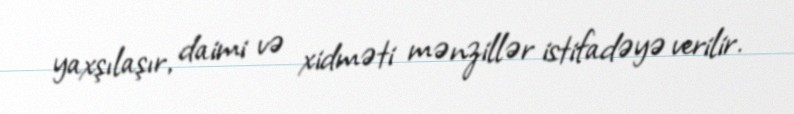
yaxşılaşır, daimi və xidməti mənzillər istifadəyə verilir.